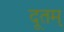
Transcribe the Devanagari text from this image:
दूतम्‌